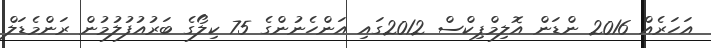
އަހަރެއް 2016 ންޑަން އޮލިމްޕިކްސް 2012ގައި އަންހެނުންގެ 75 ކިލޯގެ ބަރުއުފުލުމުން ރަންމެޑަލް